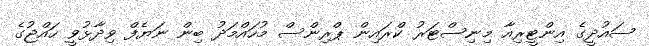
ސައުދީގެ އިންޓީރިއާ މިނިސްޓަރު ކްރައިން ޕްރިންސް މުހައްމަދު ބިން ނަޔެފް ވިދާޅުވީ ހައްޖުގެ